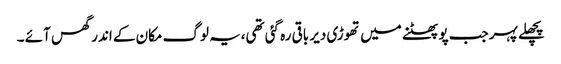
پچھلے پہر جب پو پھٹنے میں تھوڑی دیر باقی رہ گئی تھی،یہ لوگ مکان کے اندر گھس آئے ۔